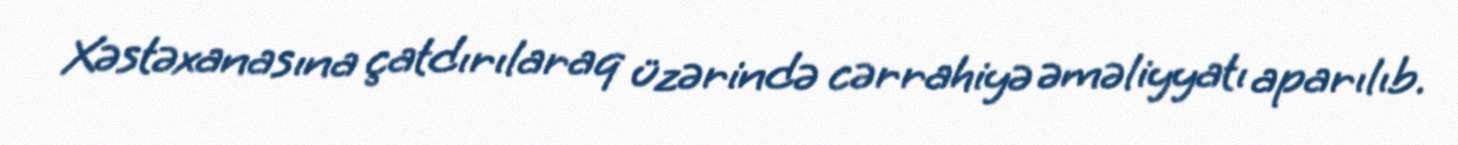
Xəstəxanasına çatdırılaraq üzərində cərrahiyə əməliyyatı aparılıb.